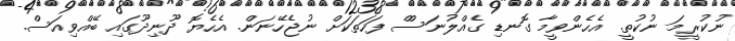
ނުކުރީމަ ނުކުތީ. އެހެންވީމާ ގޮނޑި ގެއްލުނަސްް ފަހަތަކަށް ނުޖެހޭނަން. އެހެޔޮ ދޫނިދޫގައި ބޭއްވިއަސް.